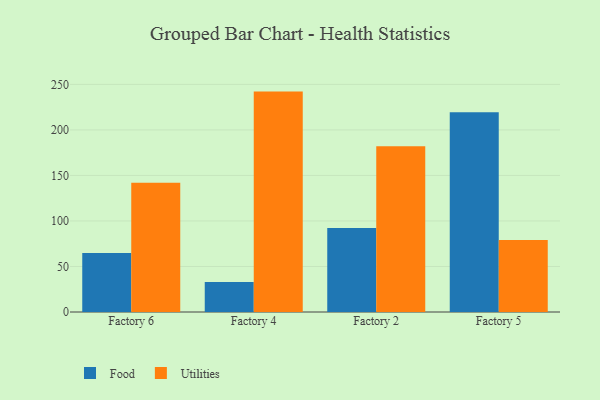
{"axis": {"x": "Factory", "y": "Waste Production (Tons)"}, "legend": ["Food", "Utilities"], "data": [{"x": "Factory 6", "y": 64.7, "type": "Food"}, {"x": "Factory 6", "y": 142.0, "type": "Utilities"}, {"x": "Factory 4", "y": 33.0, "type": "Food"}, {"x": "Factory 4", "y": 242.1, "type": "Utilities"}, {"x": "Factory 2", "y": 92.2, "type": "Food"}, {"x": "Factory 2", "y": 182.2, "type": "Utilities"}, {"x": "Factory 5", "y": 219.3, "type": "Food"}, {"x": "Factory 5", "y": 79.0, "type": "Utilities"}]}